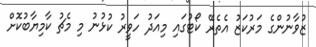
ޒުވާނުންގެ މަރުކަޒު އެތެރޭ ކޯޓުގައި މިއަދު ހަވީރު ކުޅުނު މި މެޗު ކާމިޔާބުކޮށް